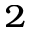
_ 2